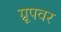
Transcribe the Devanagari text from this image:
ग्रूपवर